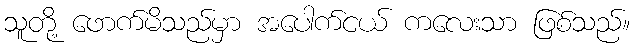
သူတို့ ဖောက်မိသည်မှာ အပေါက်ငယ် ကလေးသာ ဖြစ်သည်။